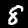
Digit: 8